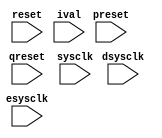
module clk(
reset,
preset,
qreset,
sysclk,
dsysclk,
esysclk,
ival
);

input reset, preset, qreset, sysclk, dsysclk, esysclk;
input [31:0] ival;

wire reset;
wire preset;
wire qreset;
wire sysclk;
wire dsysclk;
wire esysclk;
wire [31:0] ival;


reg [10 + 3:0] foo;
reg [2:0] baz;
reg [4:7 - 1] egg;

  always @(posedge reset or posedge sysclk) begin
    if((reset != 1'b 0)) begin
      foo <= {(((10 + 3))-((0))+1){1'b1}};
    end else begin
      foo <= ival[31:31 - ((10 + 3))];
    end
  end

  always @(negedge preset or negedge dsysclk) begin
    if((preset != 1'b 1)) begin
      baz <= {3{1'b0}};
    end else begin
      baz <= ival[2:0];
    end
  end

  always @(negedge qreset or negedge esysclk) begin
    if((qreset != 1'b 1)) begin
      egg <= {(((7 - 1))-((4))+1){1'b0}};
    end else begin
      egg <= ival[6:4];
    end
  end


endmodule